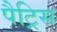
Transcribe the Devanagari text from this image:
पैट्रिस